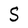
Character: S